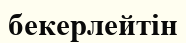
бекерлейтін